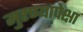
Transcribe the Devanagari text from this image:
मुरण्यापेक्षा